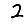
Digit: 2